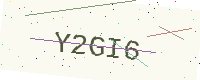
Text: Y2GI6